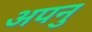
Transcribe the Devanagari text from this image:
अपनु